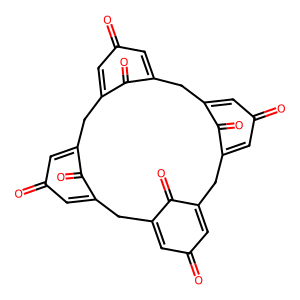
SMILES: O=C1C=C2CC3=CC(=O)C=C(CC4=CC(=O)C=C(CC5=CC(=O)C=C(CC(=C1)C2=O)C5=O)C4=O)C3=O
Inhibits HIV replication: No